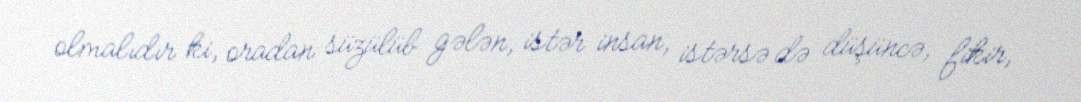
olmalıdır ki, oradan süzülüb gələn, istər insan, istərsə də düşüncə, fikir,